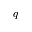
q